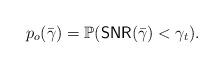
LaTeX: \begin{align*} p_{o}(\bar{\gamma})= \mathbb P({\sf{SNR}}(\bar{\gamma})<\gamma_{t}).\end{align*}